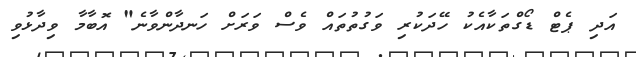
އަދި ޕެޓް ޑޯގްތަކާއެކު ހޭދަކުރި ވަގުތުތައް ވެސް ވަރަށް ހަނދާންވާނެ" އޮބާމާ ވިދާޅުވި